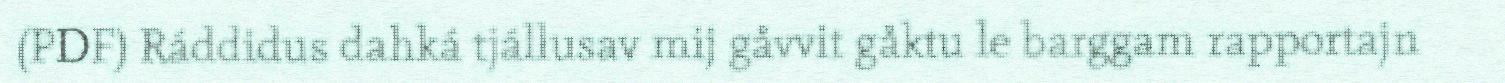
(PDF) Ráddidus dahká tjállusav mij gåvvit gåktu le barggam rapportajn